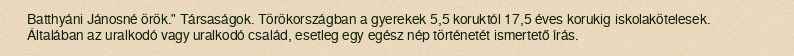
Batthyáni Jánosné örök." Társaságok. Törökországban a gyerekek 5,5 koruktól 17,5 éves korukig iskolakötelesek. Általában az uralkodó vagy uralkodó család, esetleg egy egész nép történetét ismertető írás.